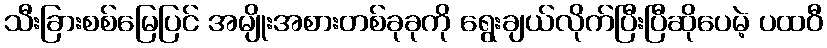
သီးခြားစစ်မြေပြင် အမျိုးအစားတစ်ခုခုကို ရွေးချယ်လိုက်ပြီးပြီဆိုပေမဲ့ ပထဝီ